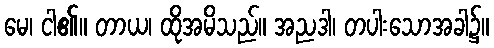
မေ၊ ငါ၏။ တာယ၊ ထိုအမိသည်။ အညဒါ၊ တပါးသောအခါ၌။